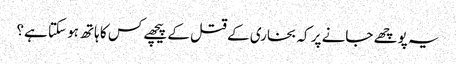
یہ پوچھے جانے پر کہ بخاری کے قتل کے پیچھے کس کا ہاتھ ہو سکتا ہے؟